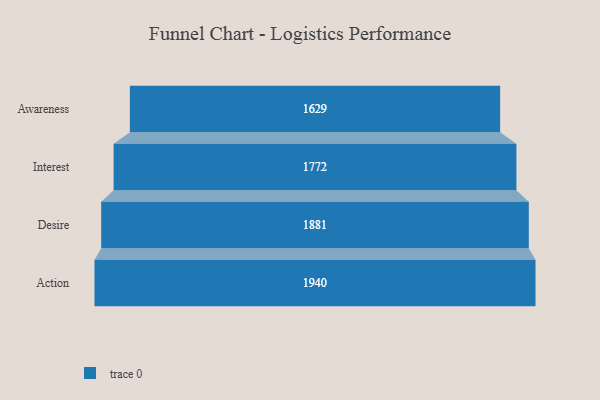
{"axis": {"x": "Stage", "y": "Value"}, "legend": [""], "data": [{"x": "Awareness", "y": 1629.0, "type": ""}, {"x": "Interest", "y": 1772.0, "type": ""}, {"x": "Desire", "y": 1881.0, "type": ""}, {"x": "Action", "y": 1940.0, "type": ""}]}